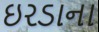
ઇરડાના